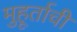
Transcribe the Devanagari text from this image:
मुहूर्ताची